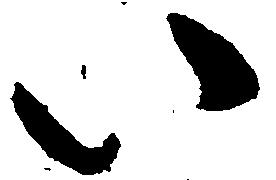
い